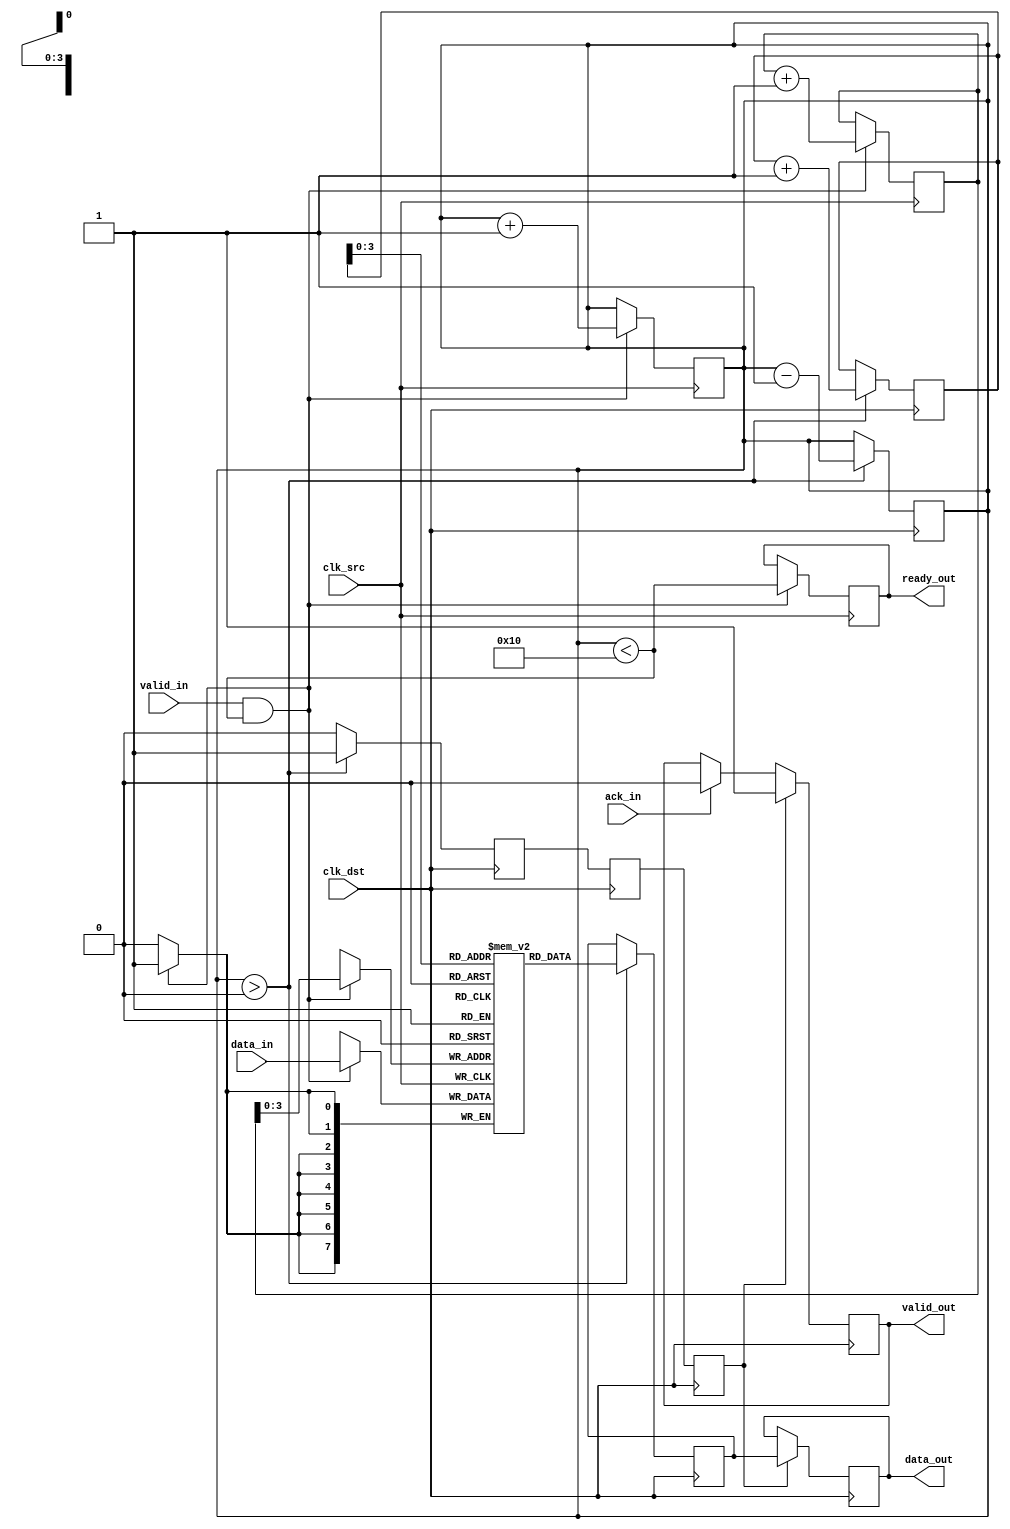
module burst_mode_synchronizer #(
    parameter DATA_WIDTH = 8,
    parameter FIFO_DEPTH = 16
)(
    input wire clk_src,                   // Source clock
    input wire clk_dst,                   // Destination clock
    input wire [DATA_WIDTH-1:0] data_in, // Input data from source domain
    input wire valid_in,                  // Valid signal from source domain
    output reg ready_out,                 // Ready signal for source domain
    output reg [DATA_WIDTH-1:0] data_out, // Output data to destination domain
    output reg valid_out,                 // Valid signal for destination domain
    input wire ack_in                     // Acknowledge signal from destination domain
);

    // FIFO buffer to store incoming data
    reg [DATA_WIDTH-1:0] fifo [0:FIFO_DEPTH-1];
    reg [4:0] write_ptr;                  // Write pointer for FIFO
    reg [4:0] read_ptr;                   // Read pointer for FIFO
    reg [4:0] fifo_count;                 // Number of entries in FIFO

    // Synchronization registers
    reg [DATA_WIDTH-1:0] sync_data;
    reg sync_valid;

    // Handshaking signals
    reg valid_src;
    reg ack_src;
    
    // FIFO write logic in source domain
    always @(posedge clk_src) begin
        if (valid_in && (fifo_count < FIFO_DEPTH)) begin
            fifo[write_ptr] <= data_in;      // Write data to FIFO
            write_ptr <= write_ptr + 1;      // Increment write pointer
            fifo_count <= fifo_count + 1;     // Increment FIFO count
            ready_out <= (fifo_count < FIFO_DEPTH); // Update ready signal
        end
    end

    // Synchronization logic
    always @(posedge clk_dst) begin
        if (fifo_count > 0) begin
            sync_data <= fifo[read_ptr];      // Read data from FIFO
            sync_valid <= 1'b1;                // Assert valid signal
            read_ptr <= read_ptr + 1;          // Increment read pointer
            fifo_count <= fifo_count - 1;       // Decrement FIFO count
        end
        else begin
            sync_valid <= 1'b0;                 // Deassert valid signal
        end
    end

    // Metastability mitigation using dual flip-flops
    reg sync_valid_ff1, sync_valid_ff2;
    always @(posedge clk_dst) begin
        sync_valid_ff1 <= sync_valid;        // First flip-flop
        sync_valid_ff2 <= sync_valid_ff1;    // Second flip-flop
    end

    // Output logic for destination domain
    always @(posedge clk_dst) begin
        if (sync_valid_ff2) begin
            data_out <= sync_data;            // Pass synchronized data
            valid_out <= 1'b1;                // Assert valid output signal
        end
        else if (ack_in) begin
            valid_out <= 1'b0;                 // Deassert valid signal on acknowledge
        end
    end

    // Initialize pointers and counters
    initial begin
        write_ptr = 0;
        read_ptr = 0;
        fifo_count = 0;
        ready_out = 1'b1;                     // Initially ready
        valid_out = 1'b0;                     // Initially not valid
    end

endmodule